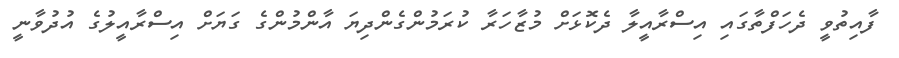
ފާއިތުވީ ދެހަފްތާގައި އިސްރާއީލާ ދެކޮޅަށް މުޒާހަރާ ކުރަމުންގެންދިޔަ އާންމުންގެ ގަޔަށް އިސްރާއީލުގެ އުދުވާނީ